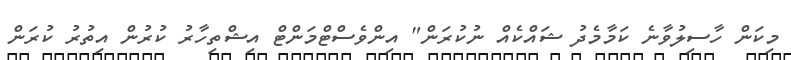
މިކަން ހާސިލުވާނެ ކަމާމެދު ޝައްކެއް ނުކުރަން" އިންވެސްޓްމަންޓް އިޝްތިހާރު ކުރުން އިތުރު ކުރަން